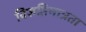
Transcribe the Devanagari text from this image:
विज्ञप्तिमात्रता